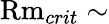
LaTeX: \mathrm{Rm}_{crit}\sim